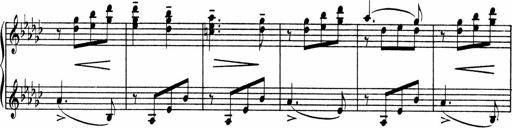
Title: Sonatine pour piano
Composer: Albert Roussel